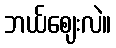
ဘယ်ဈေးလဲ။